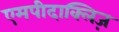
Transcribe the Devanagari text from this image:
एमपीदाक्लिज़